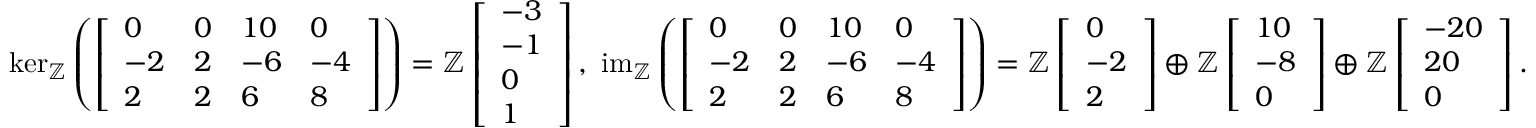
\begin{array} { r } { \ker _ { \mathbb { Z } } \left( \left[ \begin{array} { l l l l } { 0 } & { 0 } & { 1 0 } & { 0 } \\ { - 2 } & { 2 } & { - 6 } & { - 4 } \\ { 2 } & { 2 } & { 6 } & { 8 } \end{array} \right] \right) = \mathbb { Z } \left[ \begin{array} { l } { - 3 } \\ { - 1 } \\ { 0 } \\ { 1 } \end{array} \right] , \ \operatorname { i m } _ { \mathbb { Z } } \left( \left[ \begin{array} { l l l l } { 0 } & { 0 } & { 1 0 } & { 0 } \\ { - 2 } & { 2 } & { - 6 } & { - 4 } \\ { 2 } & { 2 } & { 6 } & { 8 } \end{array} \right] \right) = \mathbb { Z } \left[ \begin{array} { l } { 0 } \\ { - 2 } \\ { 2 } \end{array} \right] \oplus \mathbb { Z } \left[ \begin{array} { l } { 1 0 } \\ { - 8 } \\ { 0 } \end{array} \right] \oplus \mathbb { Z } \left[ \begin{array} { l } { - 2 0 } \\ { 2 0 } \\ { 0 } \end{array} \right] . } \end{array}